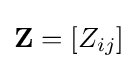
\mathbf {Z} =[Z_{ij}]